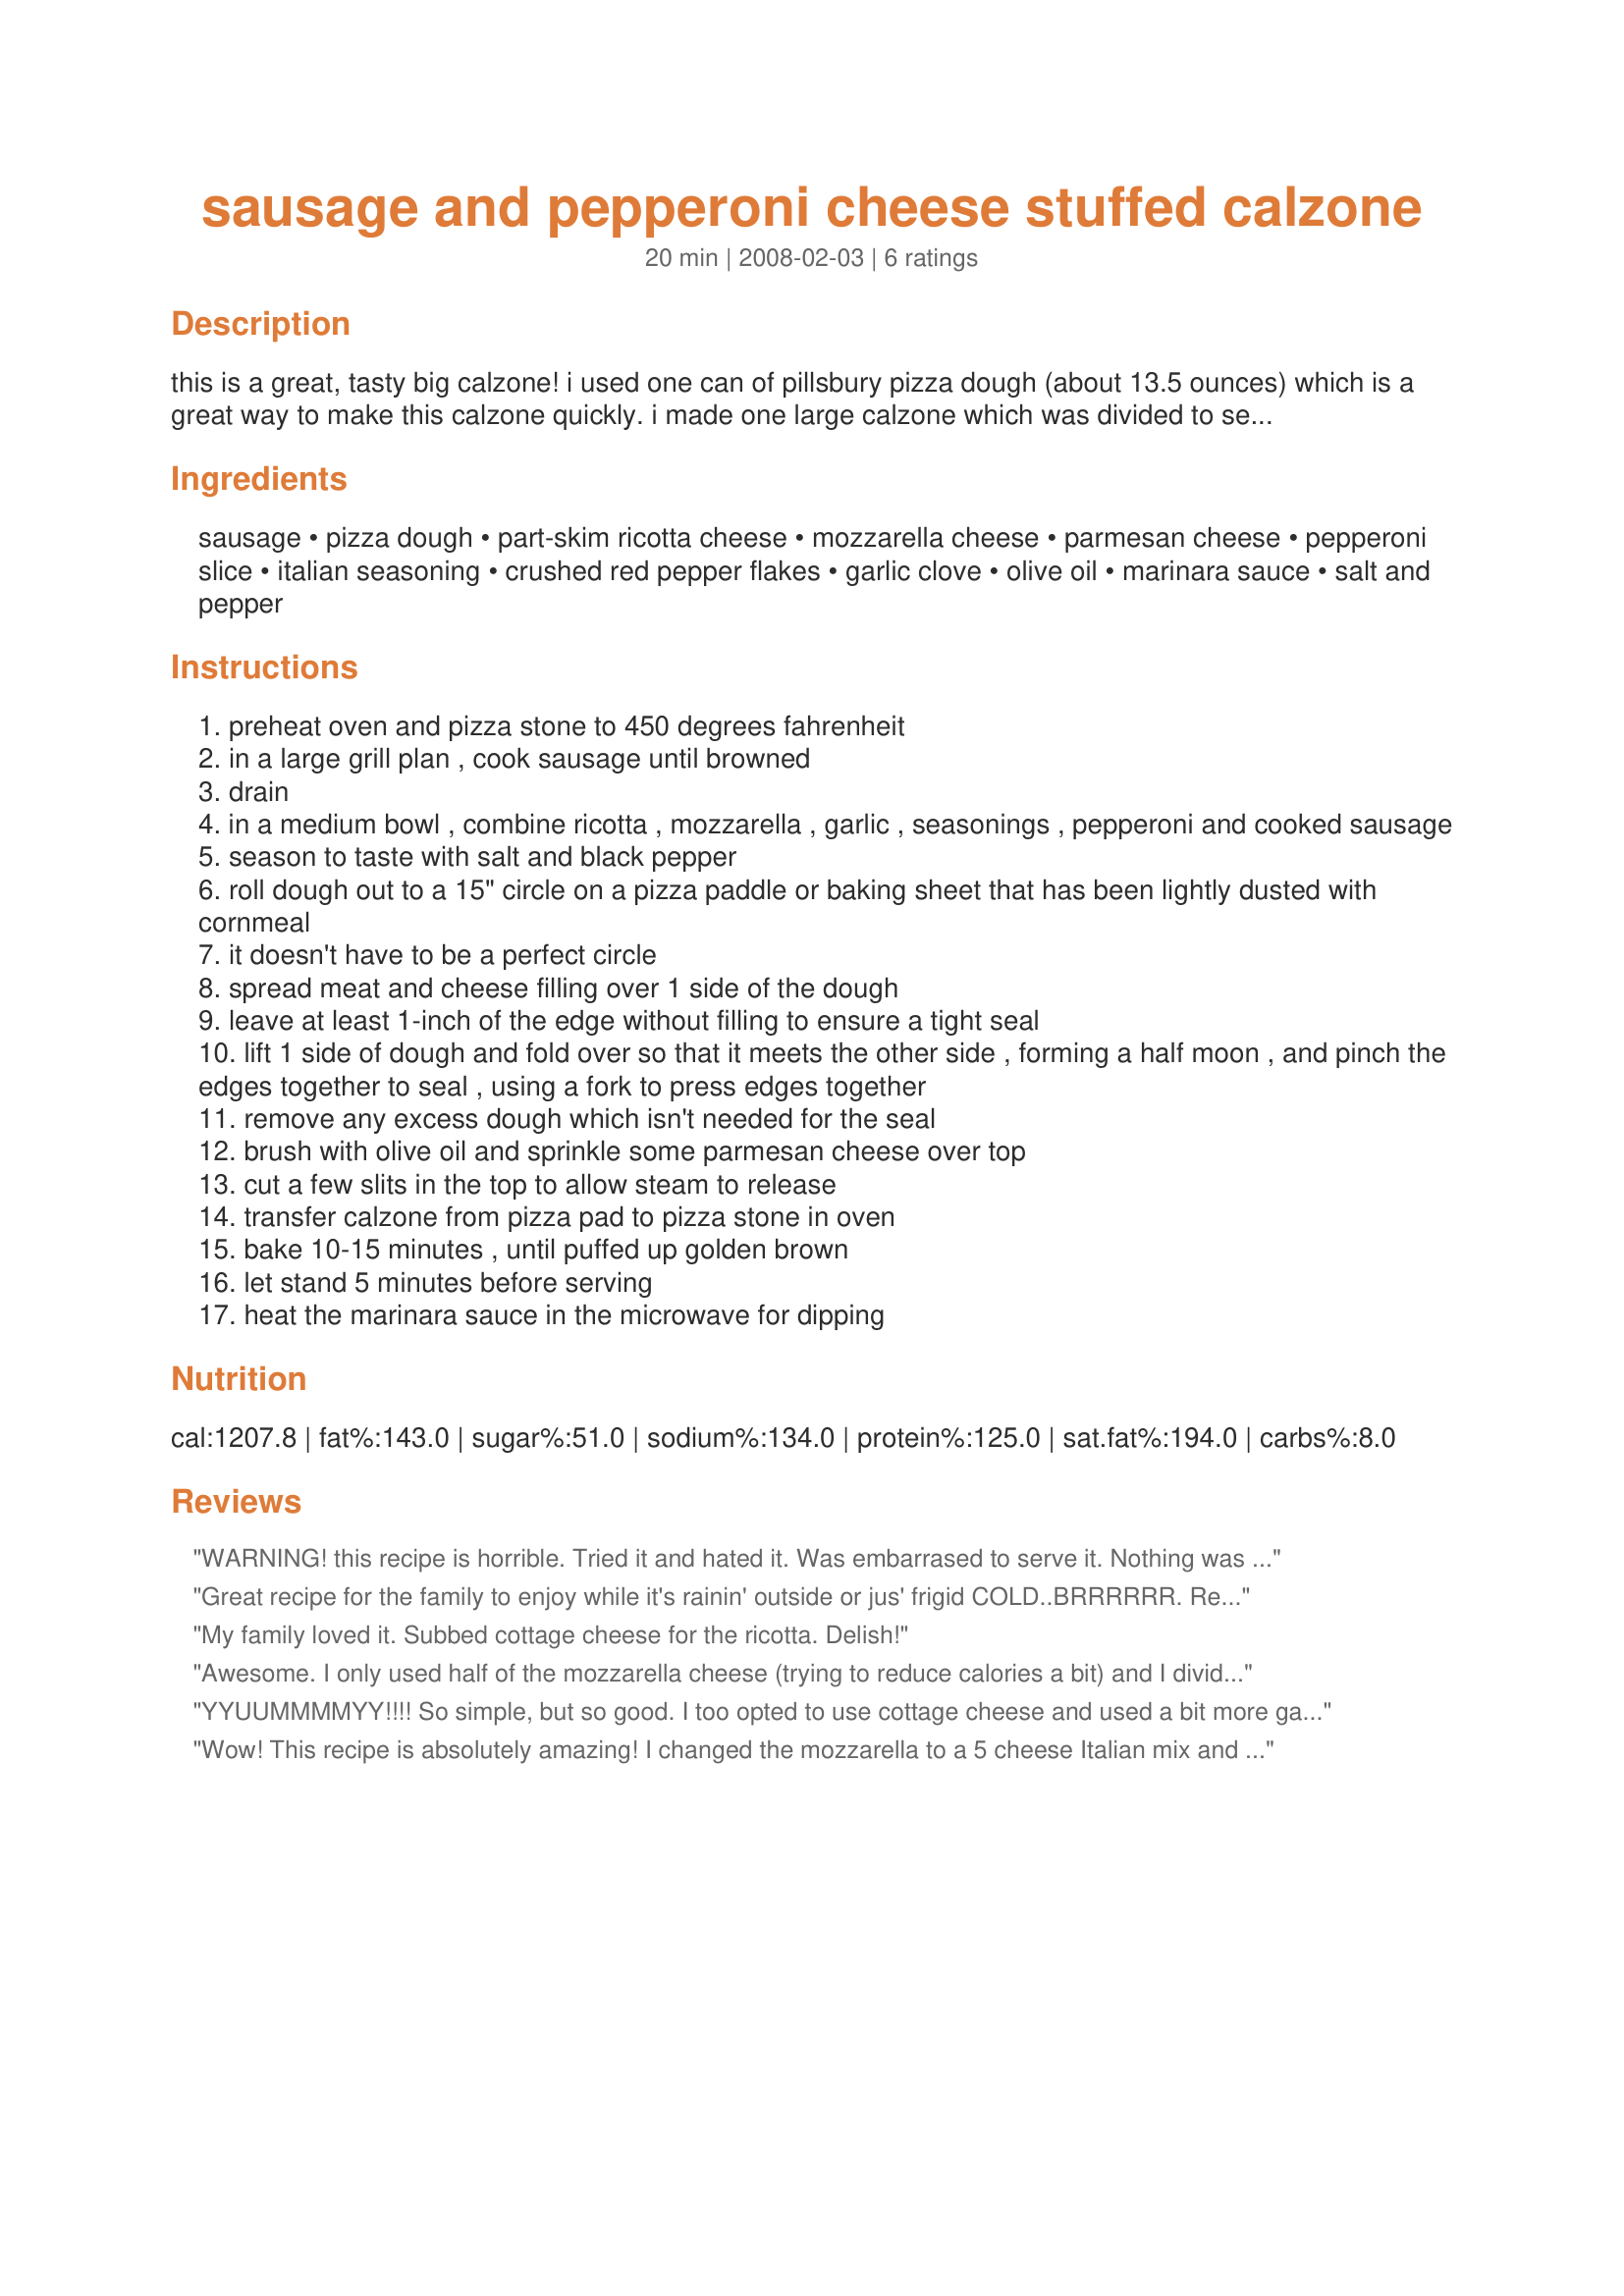
sausage and pepperoni cheese stuffed calzone
Preparation time: 20 minutes

this is a great, tasty big calzone! i used one can of pillsbury pizza dough (about 13.5 ounces) which is a great way to make this calzone quickly. i made one large calzone which was divided to serve two people.

Ingredients:
sausage, pizza dough, part-skim ricotta cheese, mozzarella cheese, parmesan cheese, pepperoni slice, italian seasoning, crushed red pepper flakes, garlic clove, olive oil, marinara sauce, salt and pepper

Steps:
preheat oven and pizza stone to 450 degrees fahrenheit
in a large grill plan , cook sausage until browned
drain
in a medium bowl , combine ricotta , mozzarella , garlic , seasonings , pepperoni and cooked sausage
season to taste with salt and black pepper
roll dough out to a 15" circle on a pizza paddle or baking sheet that has been lightly dusted with cornmeal
it doesn't have to be a perfect circle
spread meat and cheese filling over 1 side of the dough
leave at least 1-inch of the edge without filling to ensure a tight seal
lift 1 side of dough and fold over so that it meets the other side , forming a half moon , and pinch the edges together to seal , using a fork to press edges together
remove any excess dough which isn't needed for the seal
brush with olive oil and sprinkle some parmesan cheese over top
cut a few slits in the top to allow steam to release
transfer calzone from pizza pad to pizza stone in oven
bake 10-15 minutes , until puffed up golden brown
let stand 5 minutes before serving
heat the marinara sauce in the microwave for dipping

Reviews:
WARNING! this recipe is horrible. Tried it and hated it. Was embarrased to serve it. Nothing was good about it.
Great recipe for the family to enjoy while it's rainin' outside or jus' frigid COLD..BRRRRRR. Real ez
My family loved it. Subbed cottage cheese for the ricotta. Delish!
Awesome. I only used half of the mozzarella cheese (trying to reduce calories a bit) and I divided the dough to make several smaller pies. I used cottage cheese instead of ricotta (just a personal preference) I was wild about the filling; I think it was the creaminess added by the cottage cheese. My husband even said twice how good this was, and that does not happen very often! This is absolutely a keeper.
YYUUMMMMYY!!!! So simple, but so good. I too opted to use cottage cheese and used a bit more garlic (pr personal pref). used a 10oz block of cheese as all I had on hand that I shredded. Thnx 4 this awesome post that is sure to b a pleaser on any night!!
Wow! This recipe is absolutely amazing! I changed the mozzarella to a 5 cheese Italian mix and the sausage to Italian sausage. Thank you so much for sharing this. My husband said it was the BEST thing anyone has EVER cooked for him..and hes a very picky, hard to please eater! I would recommend this to anyone and everyone. Here's a big plus-IT'S QUICK AND EASY!!!!!!
